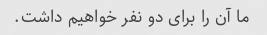
ما آن را برای دو نفر خواهیم داشت.